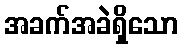
အခက်အခဲရှိသော